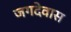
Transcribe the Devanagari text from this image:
जगदेवास